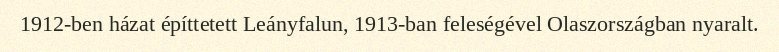
1912-ben házat építtetett Leányfalun, 1913-ban feleségével Olaszországban nyaralt.